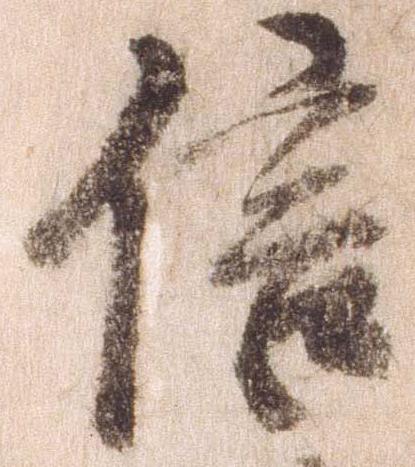
信